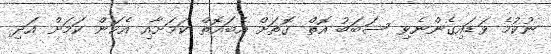
ނުކުމެ ވަޑައިގެންނެވި ސަބަބު އޮތް ގޮތަށް އެބައޮތް ކަމަށާއި އެކަން ކަމަށް އަދި